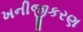
ખનીજીકરણ